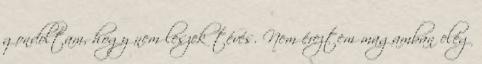
gondoltam, hogy nem leszek tévés. Nem éreztem magamban elég